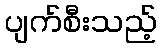
ပျက်စီးသည့်